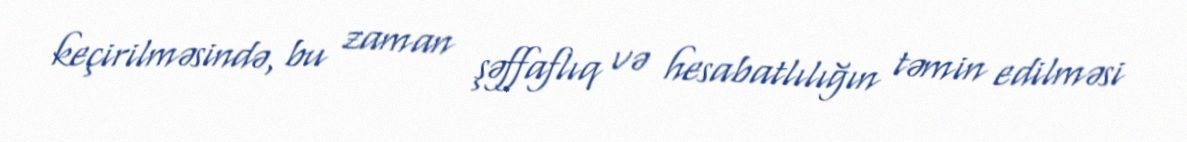
keçirilməsində, bu zaman şəffaflıq və hesabatlılığın təmin edilməsi